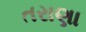
તરાણા